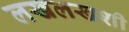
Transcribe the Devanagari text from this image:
लखलखशी